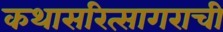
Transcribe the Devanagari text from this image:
कथासरित्सागराची